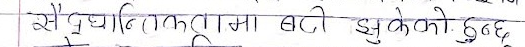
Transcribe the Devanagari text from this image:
सैद्धान्तिकतामा बढि झुकेको हुन्छ।